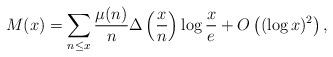
LaTeX: \begin{align*} M(x) = \sum_{n\leq x}\frac{\mu(n)}{n}\Delta\left(\frac{x}{n}\right)\log\frac{x}{e} + O\left((\log x)^2\right), \end{align*}